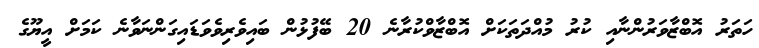
ހަތަރު އޮބްޒާވަރުންނާއި ކުރު މުއްދަތަކަށް އޮބްޒާވްކުރާނެ 20 ބޭފުޅުން ބައިވެރިވެވަޑައިގަންނަވާނެ ކަމަަށް އީޔޫގެ